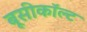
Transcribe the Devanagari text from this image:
बूसीकॉल्ट